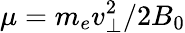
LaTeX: \mu=m_{e}v_{\perp}^{2}/2B_{0}